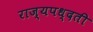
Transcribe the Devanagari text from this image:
राज्यपध्दती